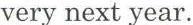
very next year.